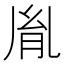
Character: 胤